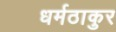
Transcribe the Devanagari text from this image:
धर्मठाकुर